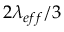
2 \lambda _ { e f f } / 3